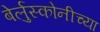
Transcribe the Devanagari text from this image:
बेर्लुस्कोनीच्या